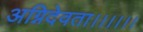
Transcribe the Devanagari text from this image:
अग्निदेवता।।।।।।